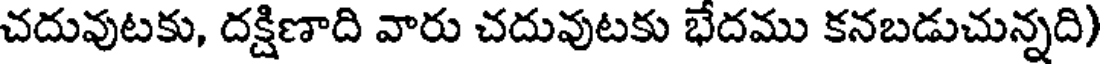
చదువుటకు, దక్షిణాది వారు చదువుటకు భేదము కనబడుచున్నది)